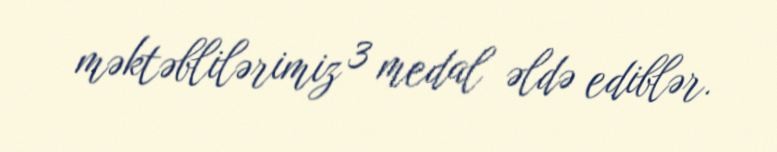
məktəblilərimiz 3 medal əldə ediblər.